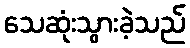
သေဆုံးသွားခဲ့သည်